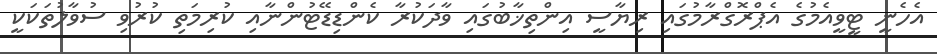
އެހެނީ ޓީވީއެމުގެ އެޕްރޮގްރާމުގައި ރިޔާސީ އިންތިޚާބުގައި ވާދަކުރާ ކެންޑިޑޭޓުންނާއި ކުރިމަތި ކުރުވި ސުވާލުތަކަކީ